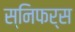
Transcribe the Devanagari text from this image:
स्निफर्स